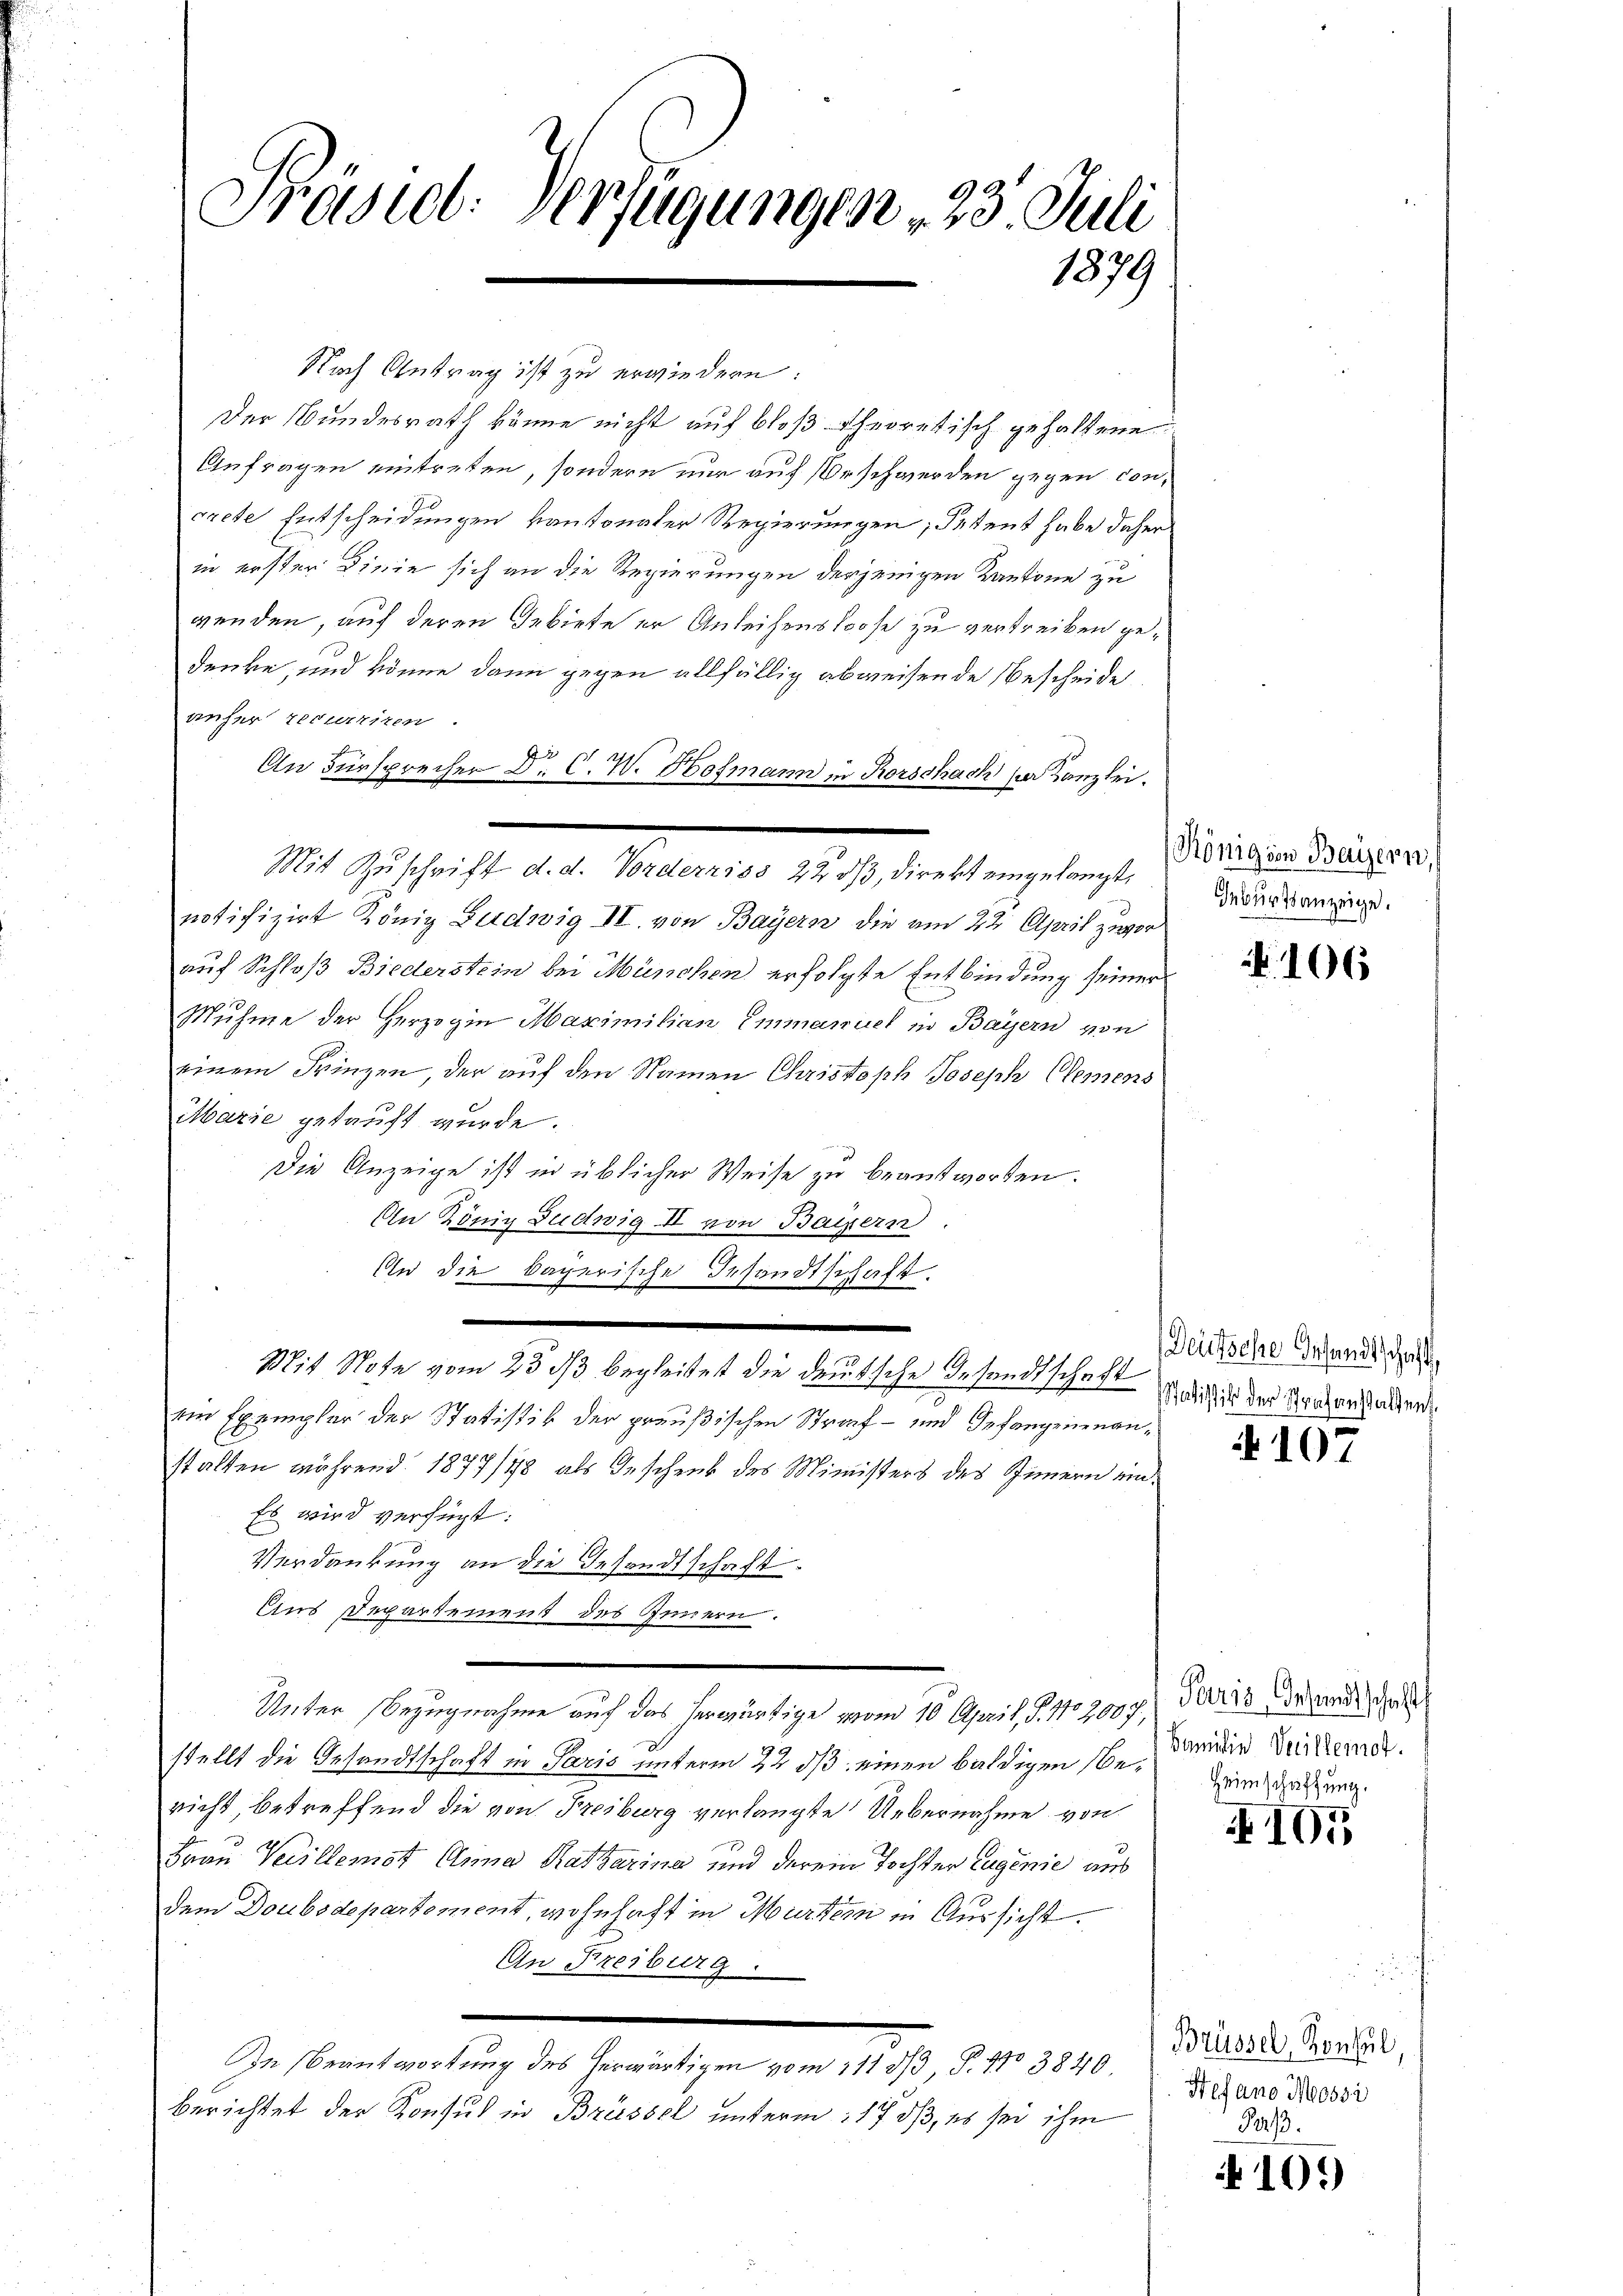
9
Prastl: Verfügungen 20. Juli
1879
e

Der Bundesrath könne nicht auf bloß theoretisch gehaltene
Anfragen eintreten, sondern nur auf Beschwerden gegen conrrete Entscheidungen kantonaler Regierungen, Petent habe daher
in erster Linie sich an die Regierungen derjenigen Kantone zu
wenden, auf deren Gebiete er Anleihensloose zu verstreiben gedenke, und könne dann gegen allfällig abweisende Bescheide
anher recurriren.
An Fürsprecher Dr. C. W. Hofmann in Rorschach per Canzlei.
notifizirt König Ludwig II. von Bayern die am 22. April zuvor
auf Schloß Biederstein bei München erfolgte Entbindung seiner
Muhme der Herzogin Maximilian Emmanuel in Bayern von
einem Prinzen, der auf den Namen Christoph Joseph Clemens
Marie gekauft wurde.
Die Anzeige ist in üblicher Weise zu beantworten.
An König Ludwig II von Bayern.
An die bayerische Gesandtschaft
Mit Note vom 23. ds begleitet die deutsche Gesandtschaft wir der Vaterstanden
Ein Exempler der Statistik der preußischen Straf- und Gefangenenanstalten während 1877/78 als Geschenk des Ministers des Innern ein¬
Es wird verfügt:
Verdankung an die Gesandtschaft
Aus Departement des Innern.
Unter Bezugnahme auf das herwärtige vom 10. April, S. 102009., Paris der und der
stellt die Gesandtschaft in Paris unterm 22. ds. einen baldigen bericht, betreffend die von Freiburg verlangte Uebernahme von
Frau Vecillenst Anna Katharina und derein Tochter Eugenie aus
dem Doubsdepartement, wohnhaft in Murtern in Aussicht.
An Freiburg.
In Beantwortung des herwärtigen vom 111 3/3, P. No 3840,
berichtet der Konsul in Brüssel unterm 17 dß, es sei ihm

Mit Zuschrift d. d. Vorderriss 22. ds, direkt eingelangt,

Nach Antrag ist zu erwiedern:

Königion Bayern,
Geburtsanzeige.

106

Deutsche Gesandtschaft

4107

Familie Verillemet.
Heimschaftung.

105

Brüssel, Konsul
Hefano Mossi
Perp.

N 101)